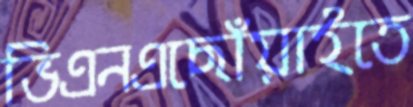
ভিএনএছোঁয়াইতে